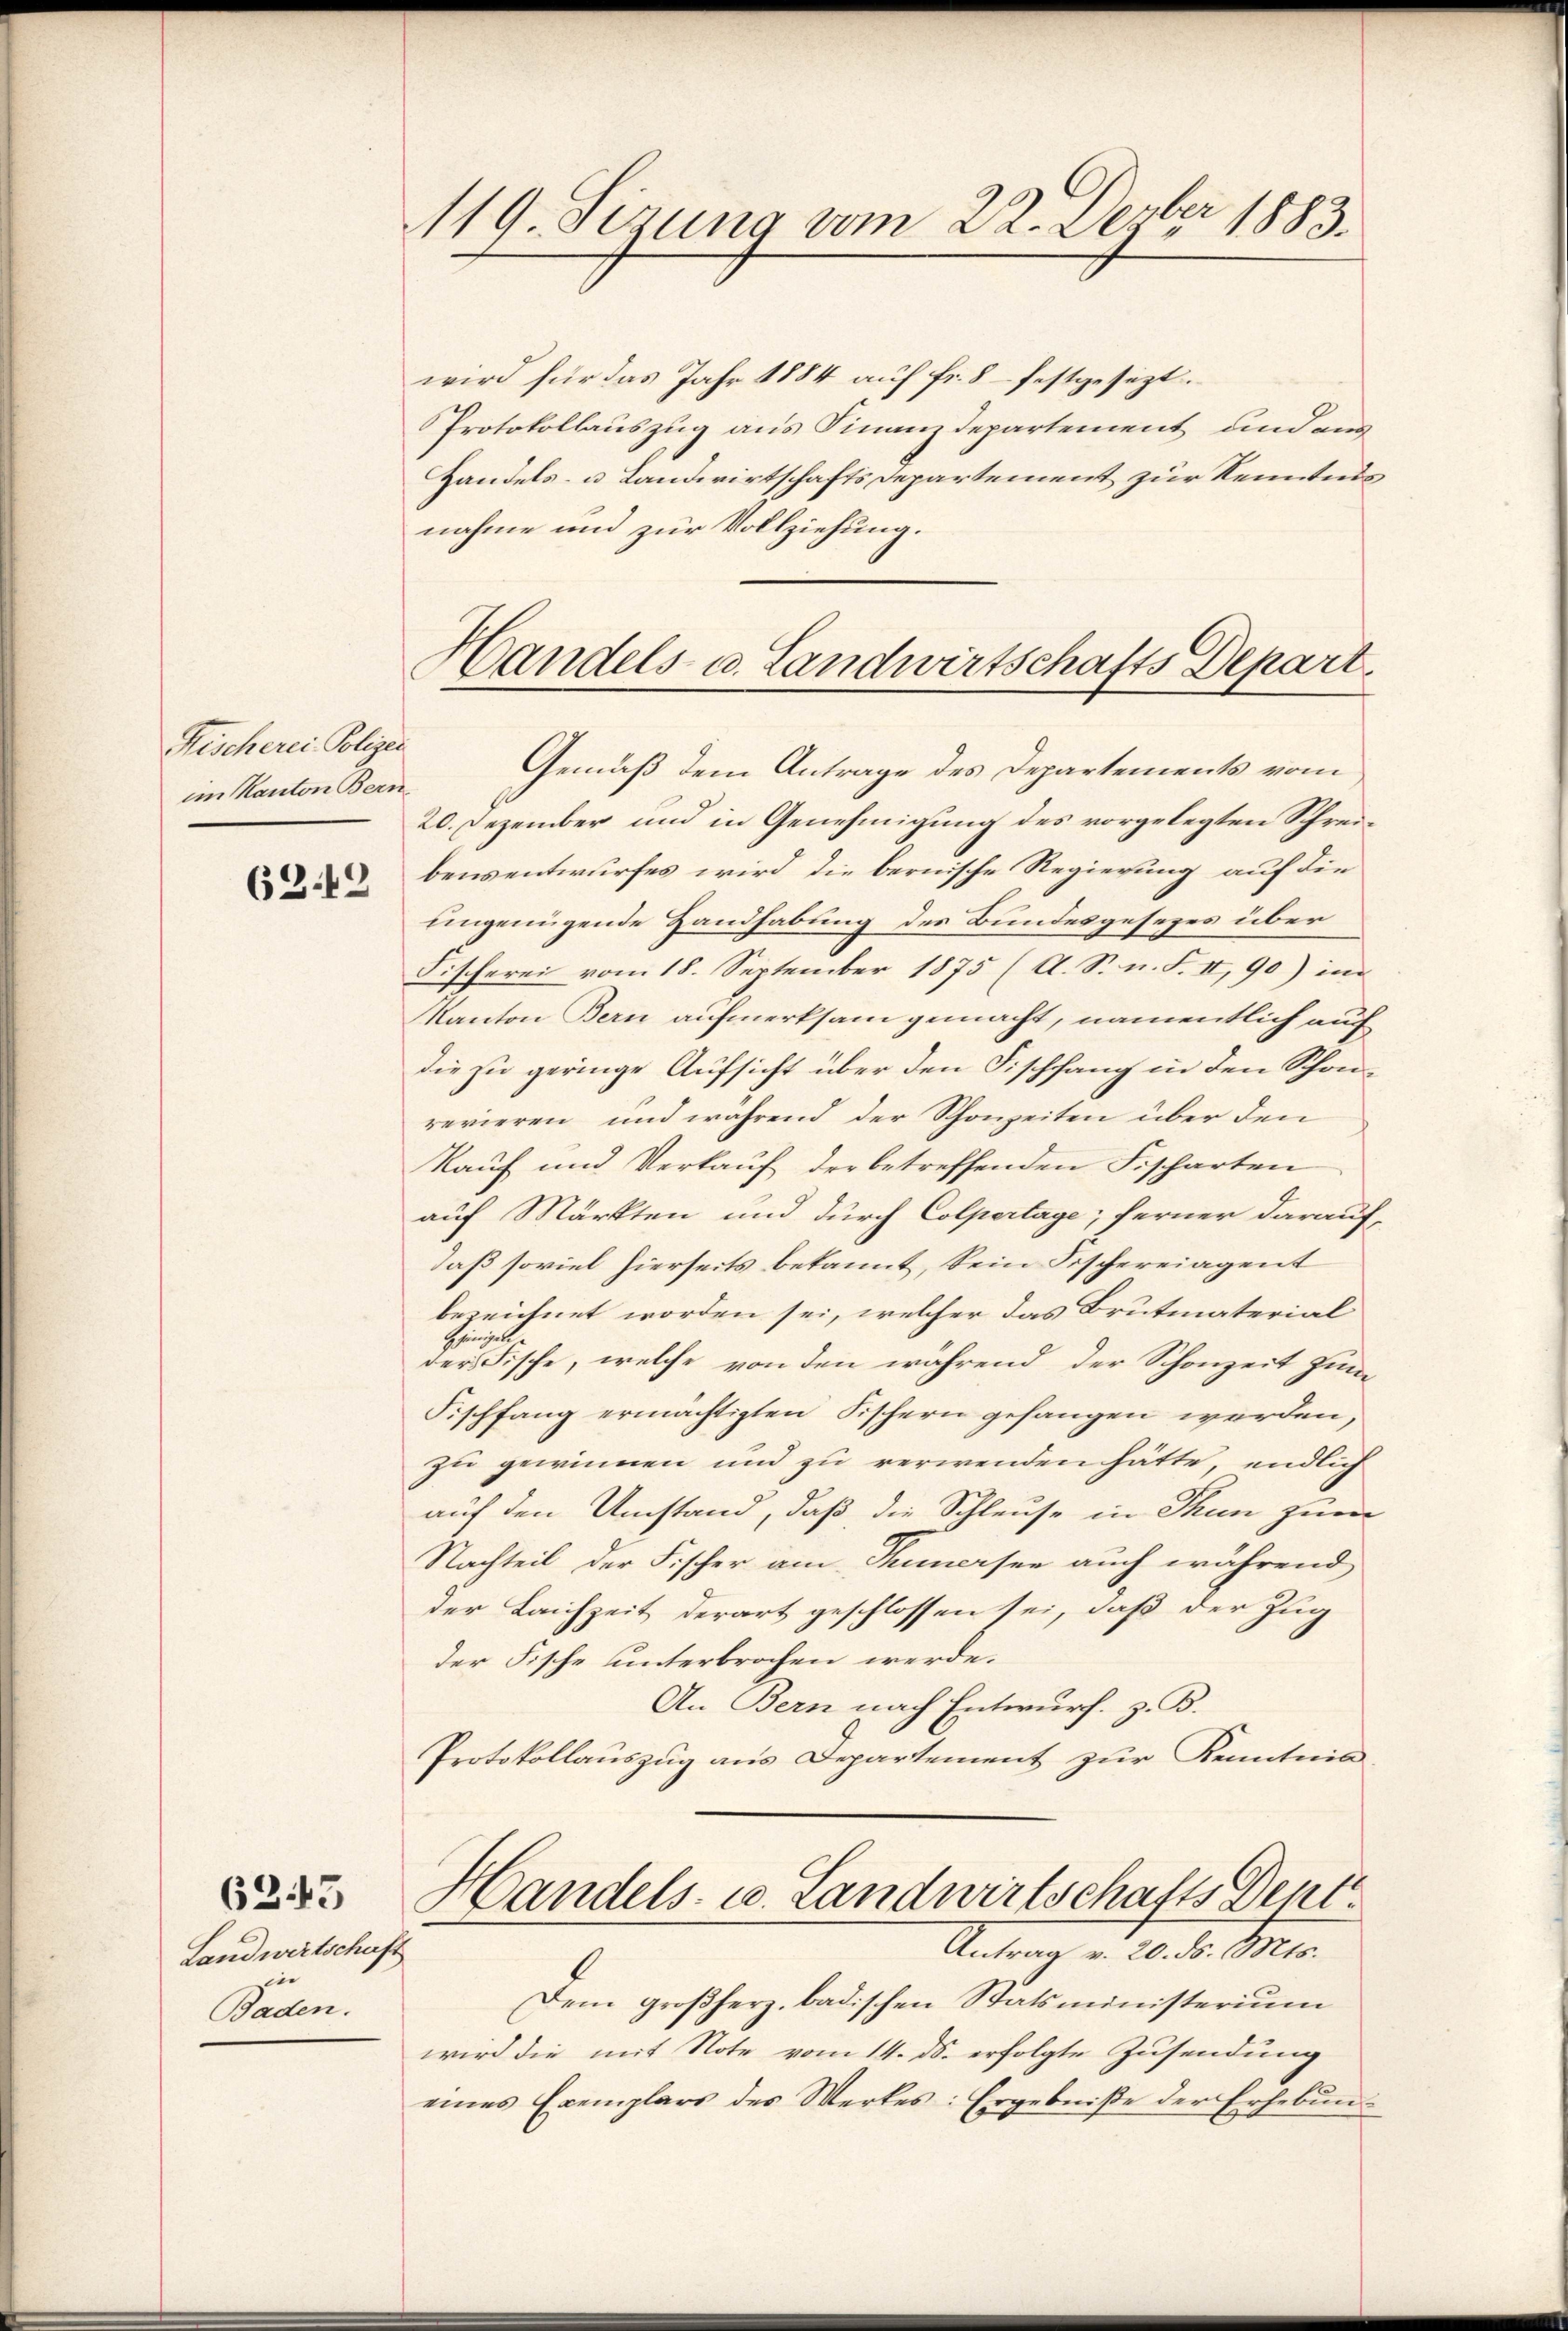
Fischerei Polizei
im Kanton Bern,

62. 49

6343

Landwirtschaft
i
Baden.

119. Sizung vom 22. Dezbr 1883.

Handels u. Landwirtschafts Depart.

wird für das Jahr 1884 auf fr. 8 festgesezt.
Protokollauszug aus Finanzdepartement und aus
Handels- u. Landwirtschafts Departement zur Kenntnis
nahme und zur Vollziehung.
Gemäß dem Antrage des Departements vom
20. Dezember und in Genehmigung des vorgelegten Schreibensentwurfes wird die bernische Regierung auf die
ungenügende Handhabung des Bundesgesezes über
Fischerei vom 18. September 1875 (A. S. n. F. II, 90) in
Kanton Bern aufmerksam gemacht, namentlich auf
die zu geringe Aufsicht über den Fischfang in den Schönrevieren und während der Schonzeiten über den
Kauf und Verkauf der betreffenden Fischarten
auf Märkten und durch Colpertage; ferner darauf-
daß soviel hierseits bekannt, kein Fischereigent
bezeichnet worden sei, welcher das Brutmaterial
jenigen
der Fische, welche von den während der Schonzeit zum
Fischfang ermächtigten Fischern gefangen werden,
zu gewinnen und zu verwenden hätte, endlich
auf den Umstand, daß die Schleuse in Thun zum
Nachteil der Fischer am Thunersee auch während
der Laichzeit derart geschlossen sei, daß der Zug
der Fische unterbrochen werde.
An Bern nach Entwurf. z. B.
Protokollauszug aus Departement zur Kenntnis
Handels- u. Landwirtschafts Dent.
Antrag v. 20. ds. Mts.
Dem großherz, badischen Statsministerium
wird die mit Note vom 14. ds. erfolgte Zusendung
eines Exemplars des Werkes: Ergebniße der Erhebŭn-